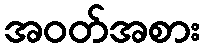
အဝတ်အစား